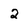
Character: 2